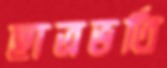
ছাত্রভর্তি